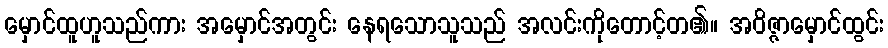
မှောင်ထူဟူသည်ကား အမှောင်အတွင်း နေရသောသူသည် အလင်းကိုတောင့်တ၏။ အဝိဇ္ဇာမှောင်ထွင်း